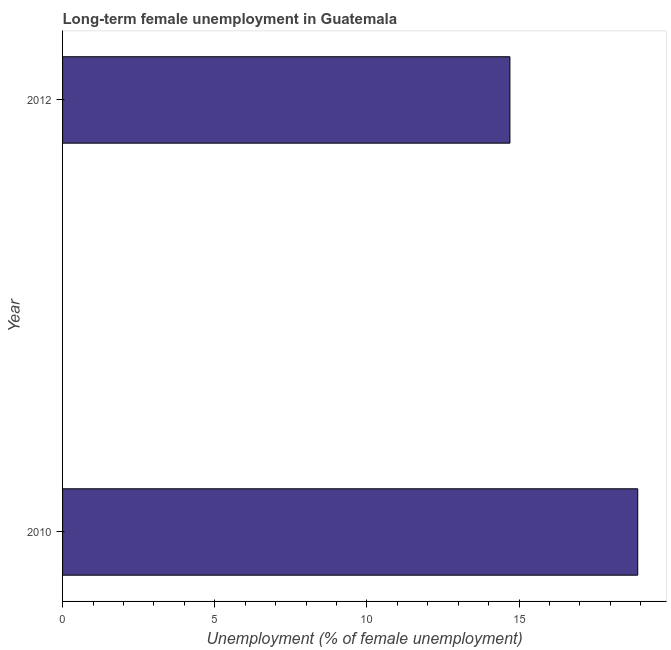
| Year | Long-term unemployment female |
 | --- | --- |
 | 2010 | 18.9 |
 | 2012 | 14.7 |